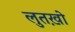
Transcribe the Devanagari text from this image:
लुतख़ो